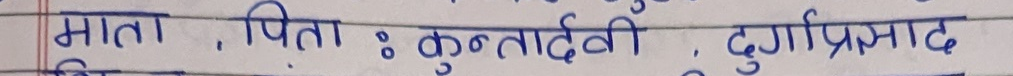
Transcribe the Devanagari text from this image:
माता, पिता : कुन्तादेवी, दुर्गाप्रसाद